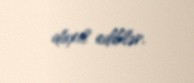
daxil ediblər.